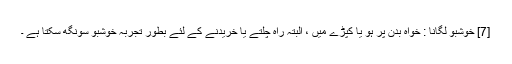
[7] خوشبو لگانا : خواہ بدن پر ہو یا کپڑے میں ، البتہ راہ چلتے یا خریدنے کے لئے بطور تجربہ خوشبو سونگھ سکتا ہے ۔